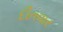
દીતવાર